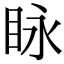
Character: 眿